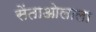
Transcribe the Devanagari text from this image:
सेंताओलाला